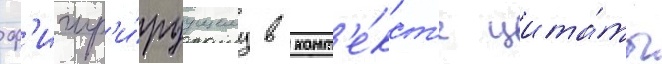
ф'игур'и́руущему в конт'е́кст'е цита́ты